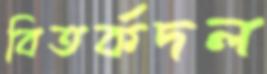
বিতর্কদল